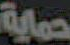
حماية